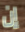
إن